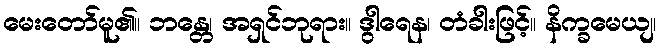
မေးတော်မူ၏။ ဘန္တေ၊ အရှင်ဘုရား။ ဒွါရေန၊ တံခါးဖြင့်။ နိက္ခမေယျ၊